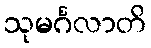
သုမင်္ဂလာတိ